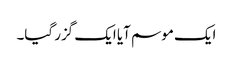
ایک موسم آیا ایک گزر گیا۔